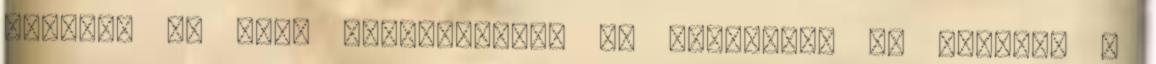
ivással is amit fölmelegítve p. Découvrez le tableau "